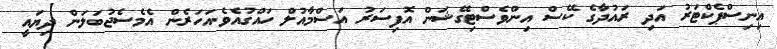
އިނިސްޕެކްޓަރު އަދި ރައުދާގެ ކޭސް އިންވެސްޓިގޭޝަން އޮފިސަރު އަސްމާއުލް ހައްގުއެވެ.އަހަރެން އެމެސެޖުބަލަން ދިޔައީ